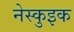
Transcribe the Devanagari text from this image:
नेस्कुइक